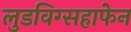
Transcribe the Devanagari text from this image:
लुडविग्सहाफेन